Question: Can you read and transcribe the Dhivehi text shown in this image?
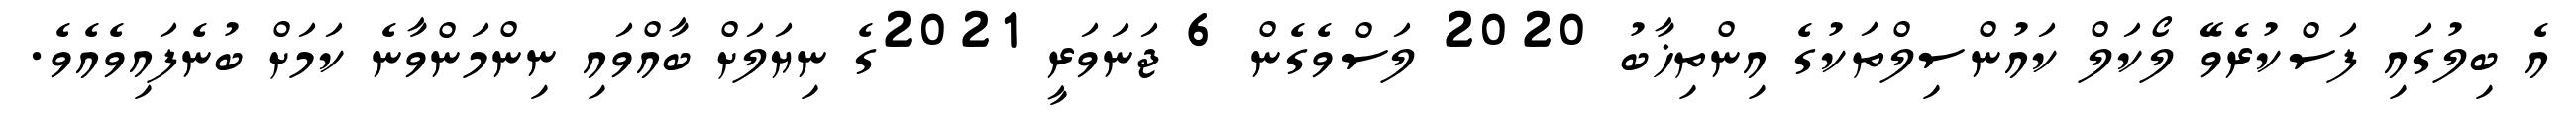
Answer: އެ ބިލުގައި ފަސްކުރެވޭ ލޯކަލް ކައުންސިލްތަކުގެ އިންތިޚާބު 2020 ލަސްވެގެން 6 ޖަނަވަރީ 2021ގެ ނިޔަލަށް ބާއްވައި ނިންމަންވާނެ ކަމަށް ބުނެފައިވެއެވެ.